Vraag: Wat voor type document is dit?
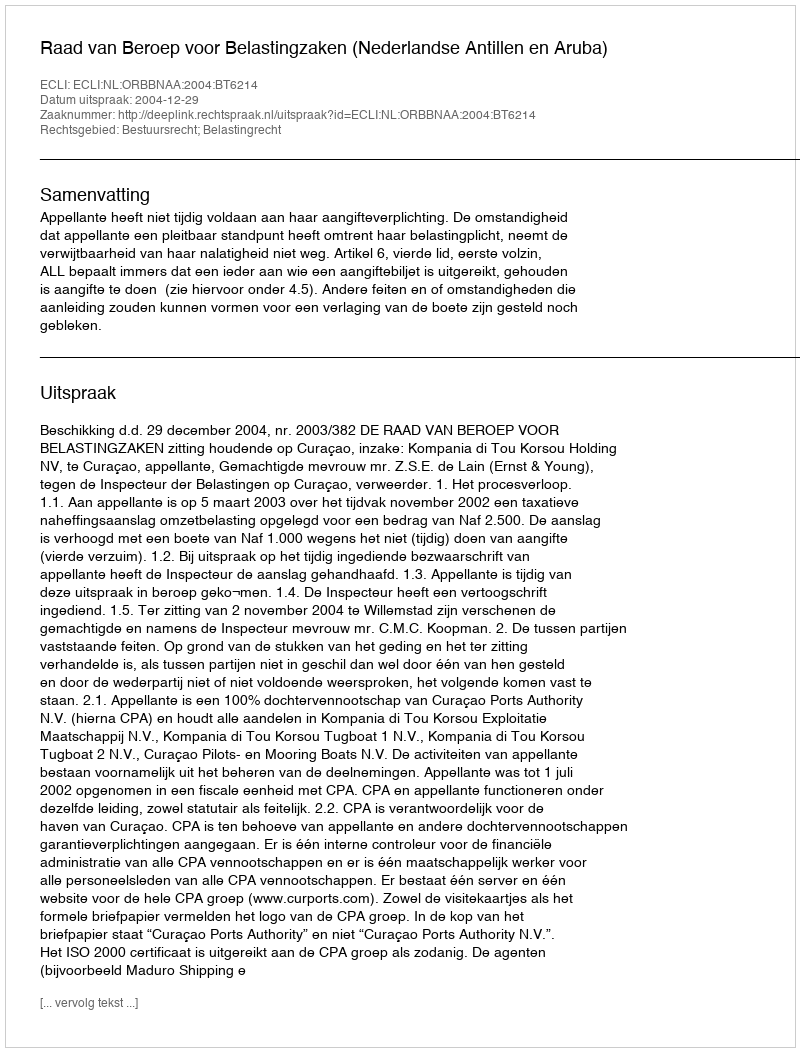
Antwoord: Uitspraak